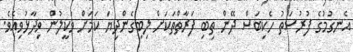
އެނގުމުގެ ފުރުސަތު ހެކިބަސް ދޭން ތިބި ފަރާތްތަކަށް ލިބިގެންދިޔަ ކަމަަށް ވަކީލުން ވިދާޅުވިއެވެ.